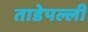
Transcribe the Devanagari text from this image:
ताडेपल्ली